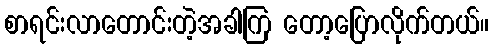
စာရင်းလာတောင်းတဲ့အခါကြ တော့ပြောလိုက်တယ်။